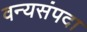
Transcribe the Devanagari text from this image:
वन्यसंपदा